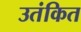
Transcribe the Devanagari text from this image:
उतंकित